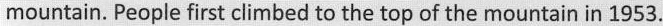
mountain. People first climbed to the top of the mountain in 1953.